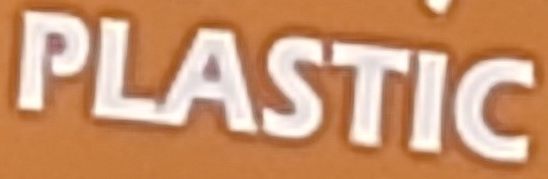
PLASTIC